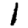
Digit: 1